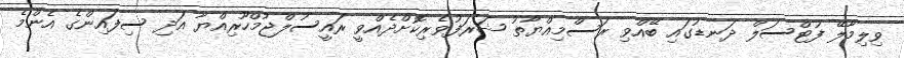
ވިލިމާލޭ ފުޓްސަލް ދަނޑުގައި ބޭއްވި ރަސްމިއްޔާތު ޝަރަފުވެރިކޮށްދެއްވީ ރައީސުލްޖުމްހޫރިއްޔާ އަދި ސިފައިންގެ އެންމެ